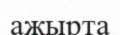
ажырта